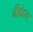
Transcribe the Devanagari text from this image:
नीकेल